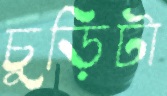
চুড়িটা